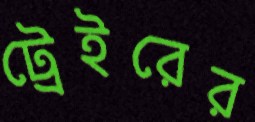
ট্রেইরের